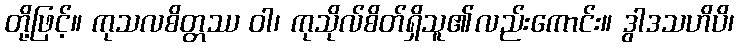
တို့ဖြင့်။ ကုသလစိတ္တဿ ဝါ၊ ကုသိုလ်စိတ်ရှိသူ၏လည်းကောင်း။ ဒွါဒသဟိပိ၊